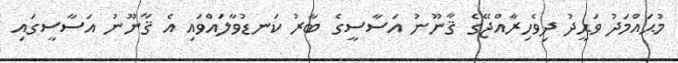
މުޙައްމަދު ވަޙީދު ދިވެހިރާއްޖޭގެ ޤާނޫނު އަސާސީގެ ބާރު ކަނޑުވާލައްވައި އެ ޤާނޫނު އަސާސީގައި